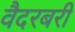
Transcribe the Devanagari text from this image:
वैदरबरी